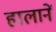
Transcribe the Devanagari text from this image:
हालानें